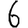
Digit: 6